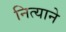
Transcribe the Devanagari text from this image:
नित्याने